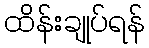
ထိန်းချုပ်ရန်